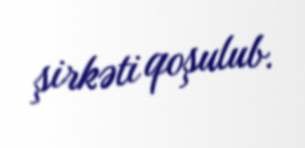
şirkəti qoşulub.